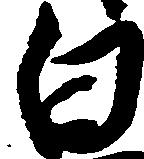
白